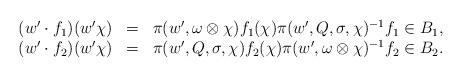
LaTeX: \begin{align*}\begin{array}{lll}(w' \cdot f_1)(w' \chi) & = & \pi (w', \omega \otimes \chi) f_1 (\chi) \pi (w',Q,\sigma,\chi)^{-1} f_1 \in B_1 , \\(w' \cdot f_2)(w' \chi) & = & \pi (w', Q,\sigma,\chi) f_2 (\chi) \pi (w',\omega \otimes \chi)^{-1} f_2 \in B_2 . \end{array}\end{align*}